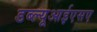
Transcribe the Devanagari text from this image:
डब्ल्यूआईएसए